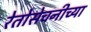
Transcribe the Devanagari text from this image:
रेतोसेचनीच्या